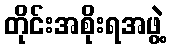
တိုင်းအစိုးရအဖွဲ့